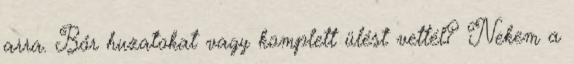
arra. Bőr huzatokat vagy komplett ülést vettél? Nekem a